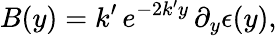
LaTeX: B(y)=k^{\prime}\, e^{-2k^{\prime}y}\, \partial_{y}\epsilon(y),